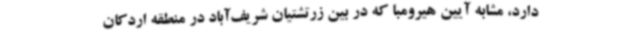
دارد، مشابه آیین هیرومبا که در بین زرتشتیان شریف‌آباد در منطقه اردکان